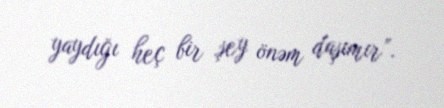
yaydığı heç bir şey önəm daşımır”.